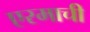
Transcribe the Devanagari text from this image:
एरमाची